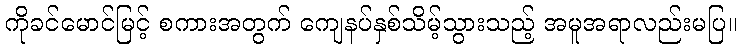
ကိုခင်မောင်မြင့် စကားအတွက် ကျေနပ်နှစ်သိမ့်သွားသည့် အမူအရာလည်းမပြ။